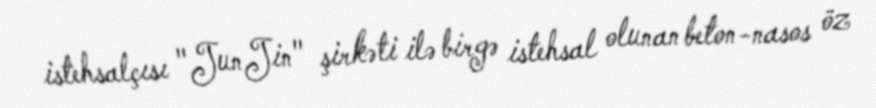
istehsalçısı "JunJin" şirkəti ilə birgə istehsal olunan beton-nasos öz